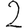
Digit: 2